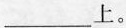
___上。